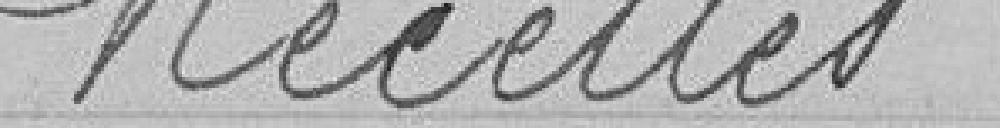
Recettes